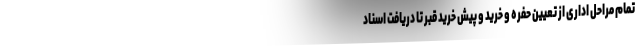
تمام مراحل اداری از تعیین حفره و خرید و پیش خرید قبر تا دریافت اسناد